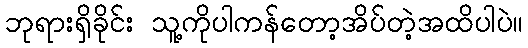
ဘုရားရှိခိုင်း သူ့ကိုပါကန်တော့အိပ်တဲ့အထိပါပဲ။